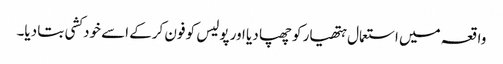
واقعہ میں استعمال ہتھیار کو چھپا دیا اور پولیس کو فون کرکے اسے خودکشی بتا دیا۔